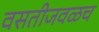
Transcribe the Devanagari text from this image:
वसतीजवळच